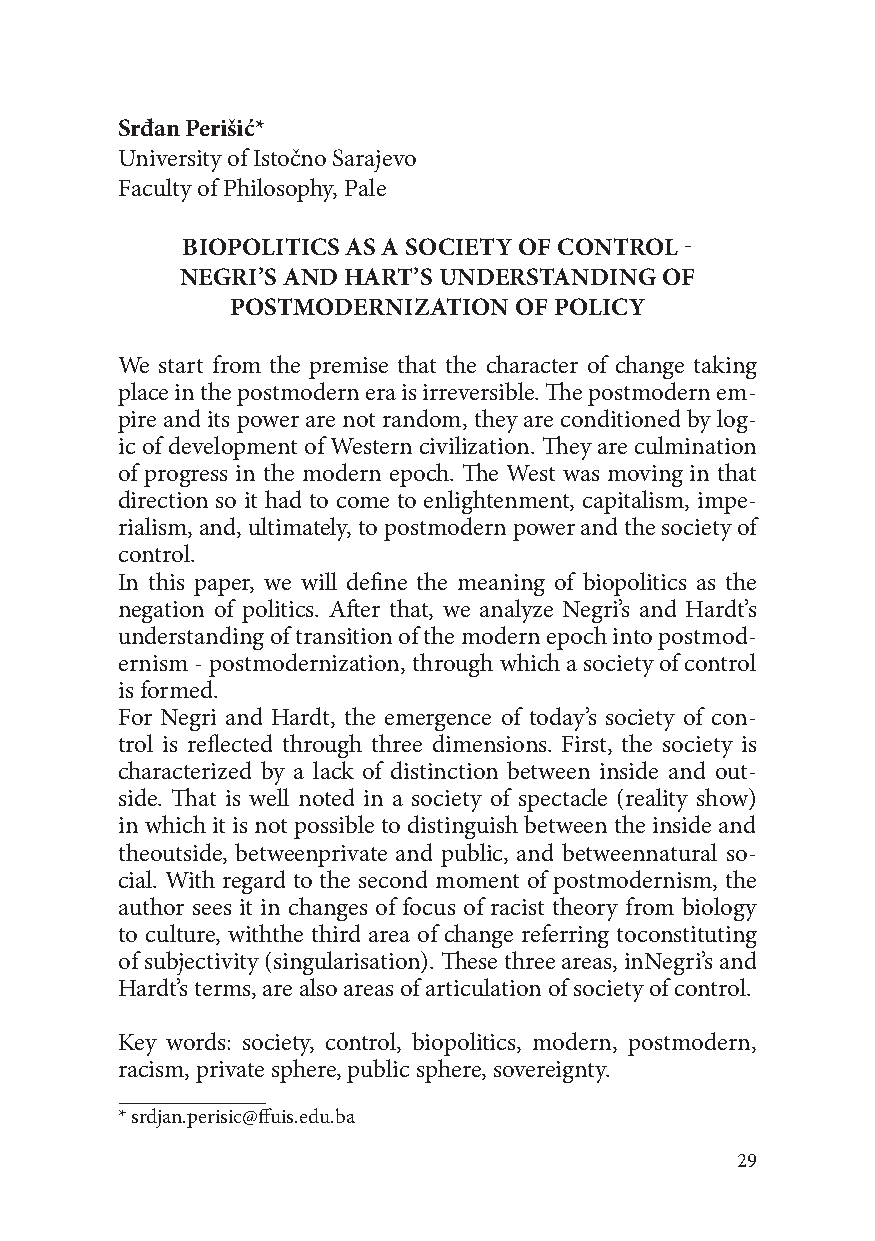
Srđan Perišić*
 University of Istočno Sarajevo
 Faculty of Philosophy, Pale
 BIOPOLITICS AS A SOCIETY OF CONTROL -
 NEGRI’S AND HART’S UNDERSTANDING OF
 POSTMODERNIZATION  OF POLICY
 We start from the premise that the character of change taking
 place in the postmodern era is irreversible. The postmodern em-
 pire and its power are not random, they are conditioned by log-
 ic of development of Western civilization. They are culmination
 of progress in the modern epoch. The West was moving in that
 direction so it had to come to enlightenment, capitalism, impe-
 rialism, and, ultimately, to postmodern power and the society of
 control.
 In this paper, we will define the meaning of biopolitics as the
 negation of politics. After that, we analyze Negri’s and Hardt’s
 understanding of transition of the modern epoch into postmod-
 ernism - postmodernization, through which a society of control
 is formed.
 For Negri and Hardt, the emergence of today’s society of con-
 trol is reflected through three dimensions. First, the society is
 characterized by a lack of distinction between inside and out-
 side. That is well noted in a society of spectacle (reality show)
 in which it is not possible to distinguish between the inside and
 theoutside, betweenprivate and public, and betweennatural so-
 cial. With regard to the second moment of postmodernism, the
 author sees it in changes of focus of racist theory from biology
 to culture, withthe third area of change referring toconstituting
 of subjectivity (singularisation). These three areas, inNegri’s and
 Hardt’s terms, are also areas of articulation of society of control.
 Key words: society, control, biopolitics, modern, postmodern,
 racism, private sphere, public sphere, sovereignty.
 * srdjan.perisic@ffuis.edu.ba
 29